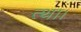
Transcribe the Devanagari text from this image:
त्था।